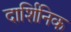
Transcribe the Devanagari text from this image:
दार्शिनिक